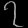
Digit: ၇